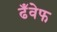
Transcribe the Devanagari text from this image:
ढँवेफ